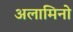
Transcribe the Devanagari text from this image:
अलामिनो